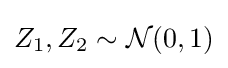
Z_{1},Z_{2}\sim {\mathcal {N}}(0,1)